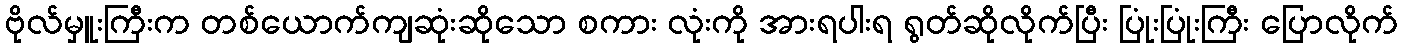
ဗိုလ်မှူးကြီးက တစ်ယောက်ကျဆုံးဆိုသော စကား လုံးကို အားရပါးရ ရွတ်ဆိုလိုက်ပြီး ပြုံးပြုံးကြီး ပြောလိုက်